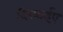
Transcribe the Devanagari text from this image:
दिखाईए